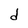
Character: d